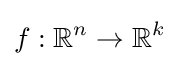
f:\mathbb {R} ^{n}\rightarrow \mathbb {R} ^{k}